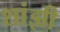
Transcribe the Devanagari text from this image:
शांझी